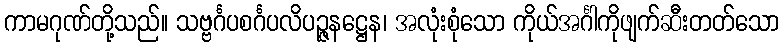
ကာမဂုဏ်တို့သည်။ သဗ္ဗင်္ဂပစင်္ဂပလိပဉ္ဇနဋ္ဌေန၊ အလုံးစုံသော ကိုယ်အင်္ဂါကိုဖျက်ဆီးတတ်သော